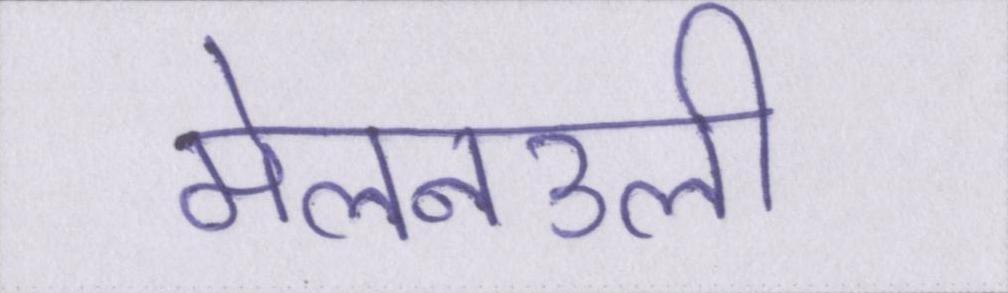
मेलनउली